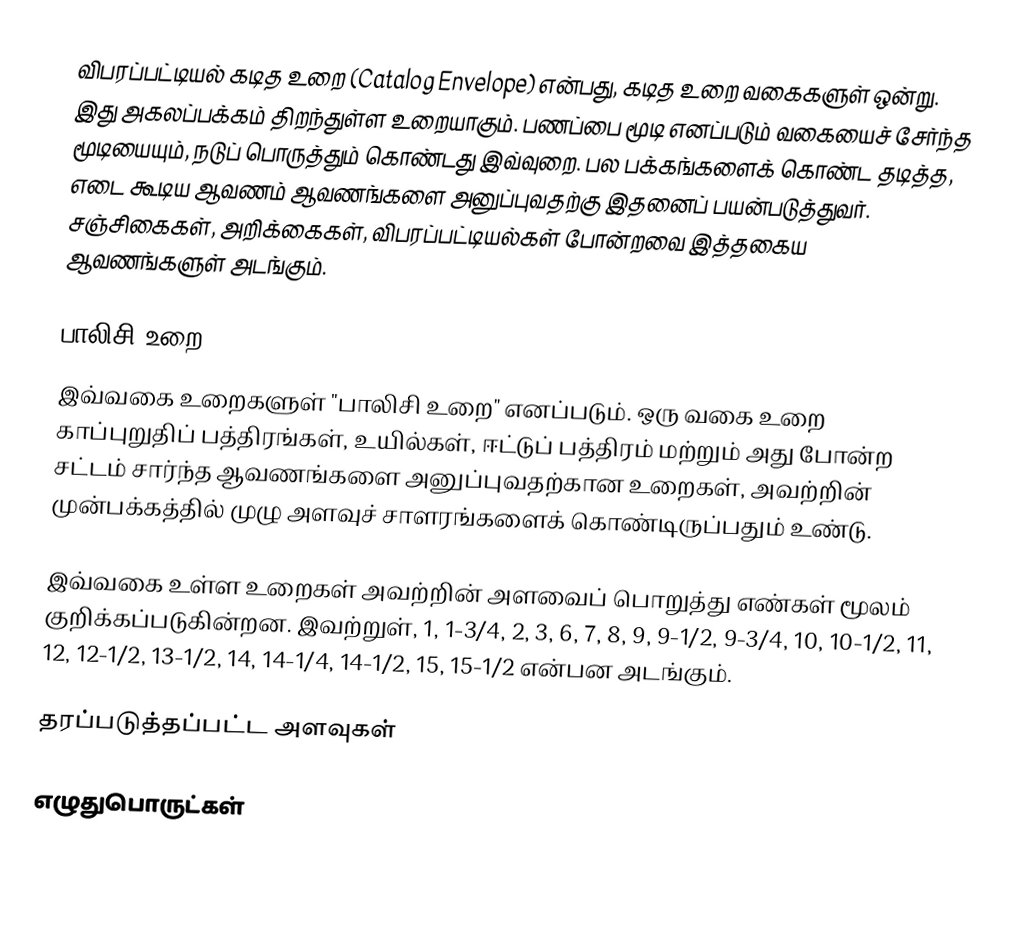
விபரப்பட்டியல் கடித உறை (Catalog Envelope) என்பது, கடித உறை வகைகளுள் ஒன்று. இது அகலப்பக்கம் திறந்துள்ள உறையாகும். பணப்பை மூடி எனப்படும் வகையைச் சேர்ந்த மூடியையும், நடுப் பொருத்தும் கொண்டது இவ்வுறை. பல பக்கங்களைக் கொண்ட தடித்த, எடை கூடிய ஆவணம் ஆவணங்களை அனுப்புவதற்கு இதனைப் பயன்படுத்துவர். சஞ்சிகைகள், அறிக்கைகள், விபரப்பட்டியல்கள் போன்றவை இத்தகைய ஆவணங்களுள் அடங்கும்.

பாலிசி உறை
இவ்வகை உறைகளுள் "பாலிசி உறை" எனப்படும். ஒரு வகை உறை காப்புறுதிப் பத்திரங்கள், உயில்கள், ஈட்டுப் பத்திரம் மற்றும் அது போன்ற சட்டம் சார்ந்த ஆவணங்களை அனுப்புவதற்கான உறைகள், அவற்றின் முன்பக்கத்தில் முழு அளவுச் சாளரங்களைக் கொண்டிருப்பதும் உண்டு.

இவ்வகை உள்ள உறைகள் அவற்றின் அளவைப் பொறுத்து எண்கள் மூலம் குறிக்கப்படுகின்றன. இவற்றுள், 1, 1-3/4, 2, 3, 6, 7, 8, 9, 9-1/2, 9-3/4, 10, 10-1/2, 11, 12, 12-1/2, 13-1/2, 14, 14-1/4, 14-1/2, 15, 15-1/2 என்பன அடங்கும்.

தரப்படுத்தப்பட்ட அளவுகள்

எழுதுபொருட்கள்